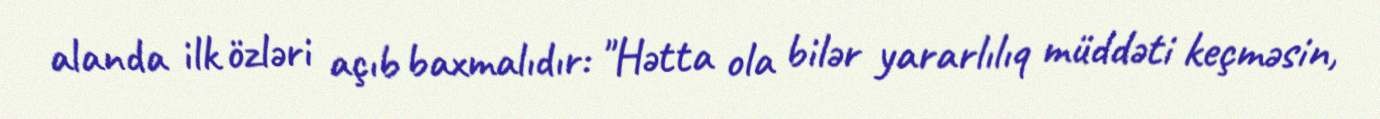
alanda ilk özləri açıb baxmalıdır: "Hətta ola bilər yararlılıq müddəti keçməsin,